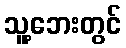
သူ့ဘေးတွင်